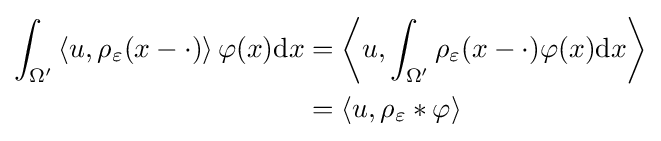
{\begin{aligned}\int _{\Omega ^{\prime }}\left\langle u,\rho _{\varepsilon }(x-\cdot )\right\rangle \varphi (x)\mathrm {d} x&=\left\langle u,\int _{\Omega ^{\prime }}\rho _{\varepsilon }(x-\cdot )\varphi (x)\mathrm {d} x\right\rangle \\&=\left\langle u,\rho _{\varepsilon }*\varphi \right\rangle \end{aligned}}